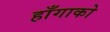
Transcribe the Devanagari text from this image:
हाँगाको